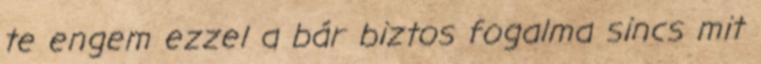
te engem ezzel a bár biztos fogalma sincs mit